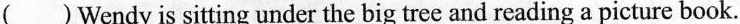
()Wendy is sitting under the big tree and reading a picture book.